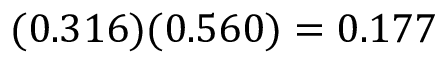
( 0 . 3 1 6 ) ( 0 . 5 6 0 ) = 0 . 1 7 7